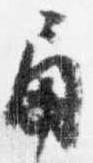
角